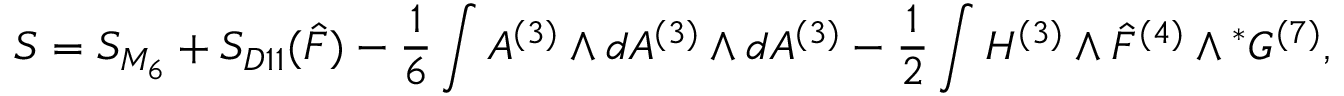
S = S _ { { \cal M } _ { 6 } } + S _ { D 1 1 } ( { \hat { F } } ) - { \frac { 1 } { 6 } } \int A ^ { ( 3 ) } \wedge d A ^ { ( 3 ) } \wedge d A ^ { ( 3 ) } - { \frac { 1 } { 2 } } \int H ^ { ( 3 ) } \wedge { \hat { F } } ^ { ( 4 ) } \wedge { } ^ { * } G ^ { ( 7 ) } ,